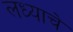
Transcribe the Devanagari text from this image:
लध्याचे